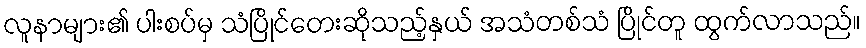
လူနာများ၏ ပါးစပ်မှ သံပြိုင်တေးဆိုသည့်နှယ် အသံတစ်သံ ပြိုင်တူ ထွက်လာသည်။